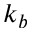
k _ { b }